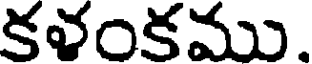
కళంకము.